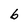
Character: 6